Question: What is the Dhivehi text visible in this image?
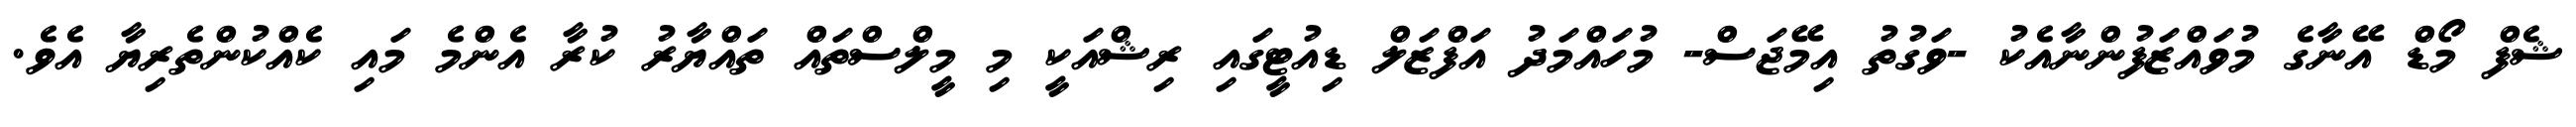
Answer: ޝެފް މޯޑް އޭނާގެ މުވައްޒަފުންނާއެކު -ވަގުތު އިމޭޖަސް- މުހައްމަދު އަފްޒަލް ޑިއުޓީގައި ރިޝްއަކީ މި މީލްސްތައް ތައްޔާރު ކުރާ އެންމެ މައި ކެއްކުންތެރިޔާ އެވެ.